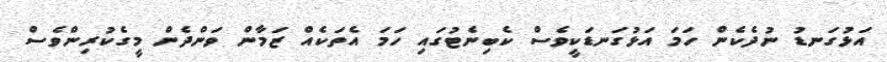
އަޅުގަނޑު ނުދެކެން ހަމަ އަޅުގަނޑަކީވެސް ކެބިނެޓުގައި ހަމަ އެތަކެއް ޒަމާން ވަންދެން މީގެކުރިންވެސް